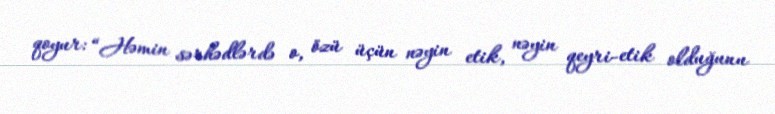
qoyur: “Həmin sərhədlərdə o, özü üçün nəyin etik, nəyin qeyri-etik olduğunu